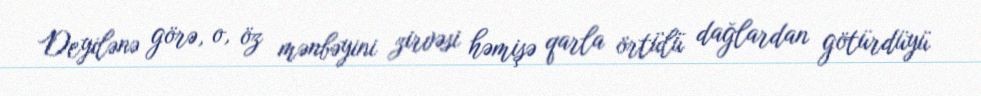
Deyilənə görə, o, öz mənbəyini zirvəsi həmişə qarla örtülü dağlardan götürdüyü